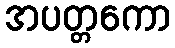
အပတ္တကော